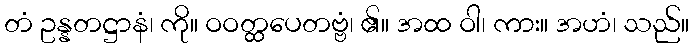
တံ ဥန္နတဋ္ဌာနံ၊ ကို။ ဝဝတ္ထပေတဗ္ဗံ၊ ၏။ အထ ဝါ၊ ကား။ အဟံ၊ သည်။